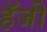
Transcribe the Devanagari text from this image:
हॅजी